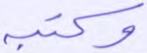
وكتبه